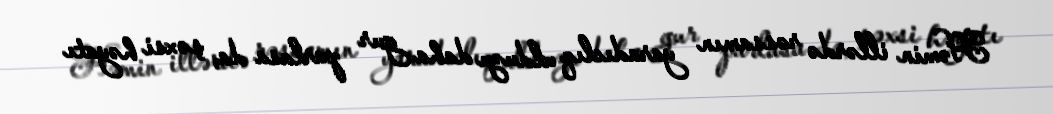
Həmin illərdə rəssamın yaradıclıq ulduzu daha gur parlasa da, şəxsi həyatı